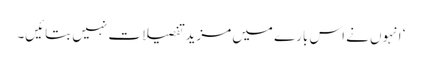
‘ انہوں نے اس بارے میں مزید تفصیلات نہیں بتائیں۔